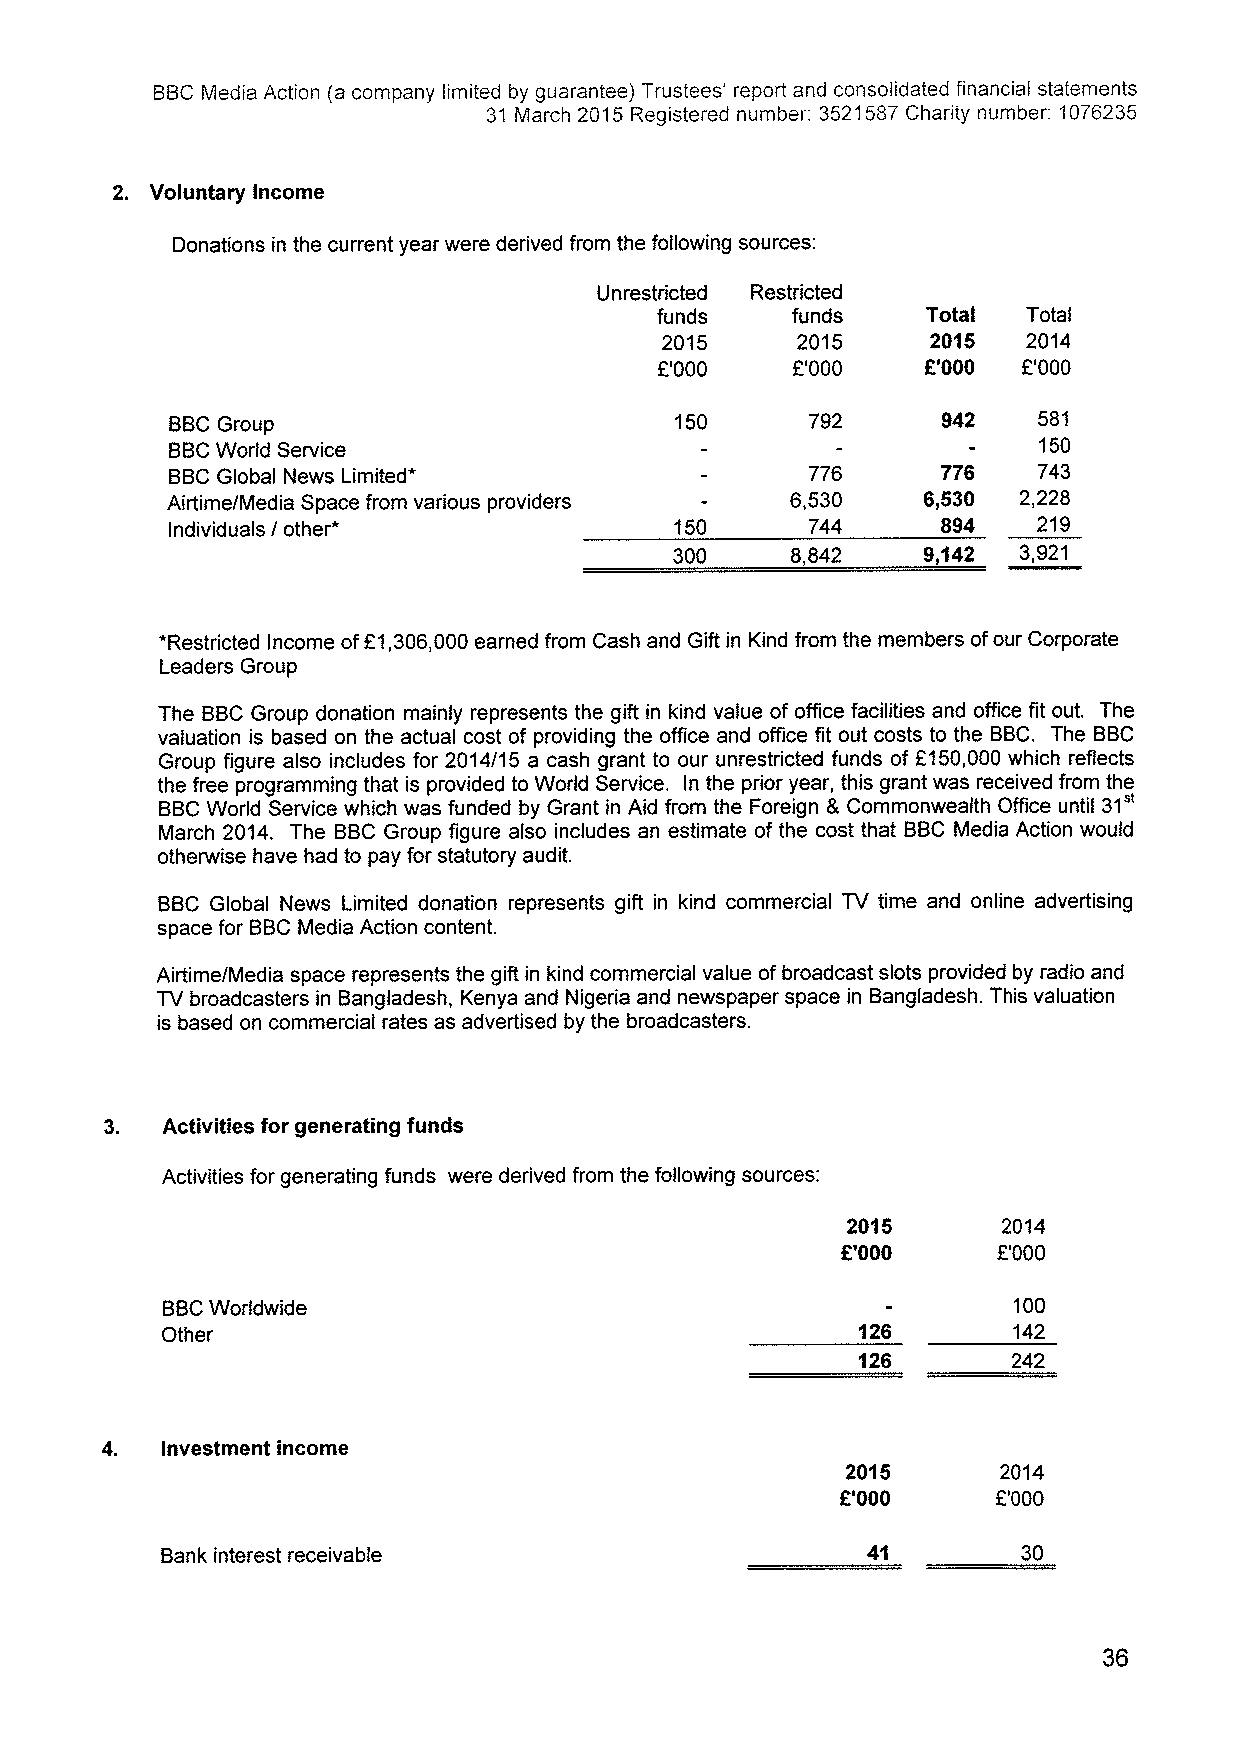
BBCMedia Action (a company limited by guarantee) Trustees' report and consolidated financial statements
 31 March 2015Registered number: 3521587Charity number; 1076235
 2. Voluntary Income
 Donations in the current year were derived from the following sources:
 Unrestricted Restricted
 funds    funds    Total  Total
 2015     2015     2015  2014
 F'000    F'000    F'000  F'000
 BBCGroup                          150     792      942    581
 BBCWorld Service                                          150
 BBCGlobal News Limited*                   776      776    743
 Airtime/Media Space from various providers 6,530  6,530 2,228
 Individuals / other*              150     744      894    219
 300    8,842    9,142 3,921
 *Restricted Income ofF1,306,000earned from Cash and Gift in Kind from the members ofour Corporate
 Leaders Group
 The BBCGroup donation mainly represents the gift in kind value of office facilities and office fit out. The
 valuation is based on the actual cost of providing the office and office fit out costs to the BBC. The BBC
 Group figure also includes for 2014/15 a cash grant to our unrestricted funds of F150,000 which reflects
 the free programming that is provided to World Service. In the prior year, this grant was received from the
 31"
 BBCWorld Service which was funded by Grant in Aid from the Foreign 8 Commonwealth Office until
 March 2014. The BBCGroup figure also includes an estimate of the cost that BBC Media Action would
 otherwise have had to pay for statutory audit.
 BBC Global News Limited donation represents gift in kind commercial TV time and online advertising
 space for BBCMedia Action content.
 Airtime/Media space represents the gift in kind commercial value ofbroadcast slots provided by radio and
 TV broadcasters in Bangladesh, Kenya and Nigeria and newspaper space in Bangladesh. This valuation
 is based on commercial rates as advertised by the broadcasters.
 3.  Activities for generating funds
 Activities for generating funds were derived from the following sources:
 2015      2014
 F.'000    F'000
 BBCWorldwide                                            100
 Other                                         126       142
 126       242
 4.  Investment income
 2015      2014
 K'000     F'000
 Bank interest receivable                      41         30
 36